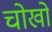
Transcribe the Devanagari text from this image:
चोखो